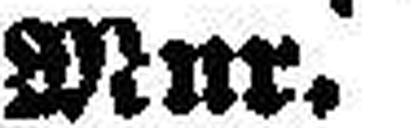
Mur.